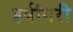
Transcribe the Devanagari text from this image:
हर्षगिरी